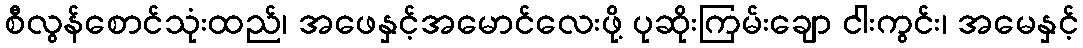
စီလွန်စောင်သုံးထည်၊ အဖေနှင့်အမောင်လေးဖို့ ပုဆိုးကြမ်းချော ငါးကွင်း၊ အမေနှင့်